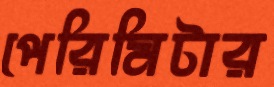
পেরিমিটার